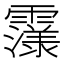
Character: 𮦴